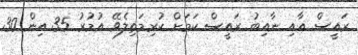
ރައީސް އާއި ނާއިބު ރައީސް ކަމަށް ކުރިމަތިލެވޭ އުމުރު 35 އިން 30